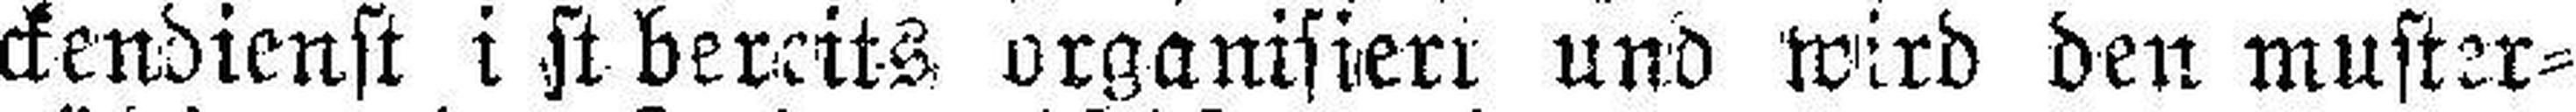
ckendienst ist bereits organisiert und wird den muster¬